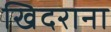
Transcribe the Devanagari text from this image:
खिदराना